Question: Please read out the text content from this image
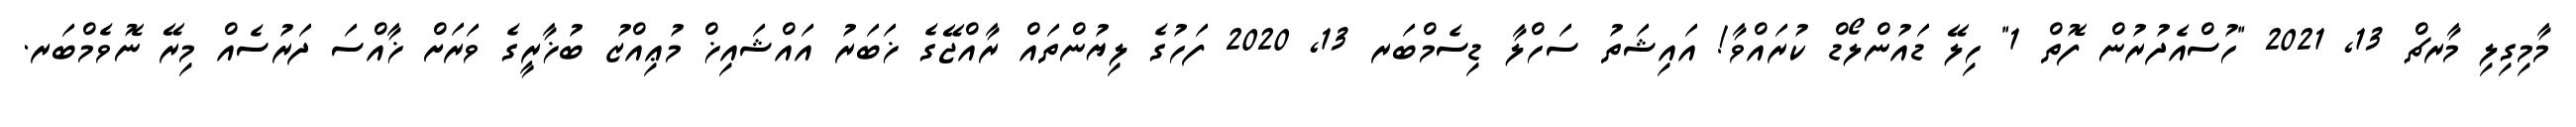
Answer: މާމިގިލި މާރޗް 13, 2021 "ހުސްއެދުރުން ފޮތް 1" ހިލޭ ޑައުންލޯޑް ކުރައްވާ! އައިޝަތު ސަހްލާ ޑިސެމްބަރ 13, 2020 ފަހުގެ ލިޔުންތައް ރާއްޖޭގެ ޚަބަރު އައްޝައިޚް މުޢިއްޒު ބުޚާރީގެ ވަރަށް ޚާއްސަ ދަރުސެއް މިރޭ ނޮވެމްބަރ.